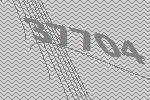
37704